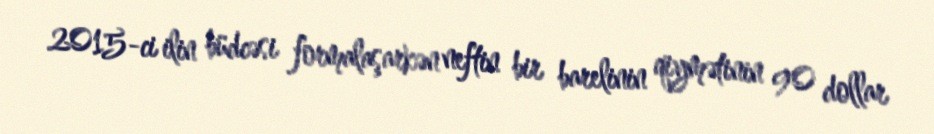
2015-ci ilin büdcəsi formalaşarkən neftin bir barelinin qiymətinin 90 dollar